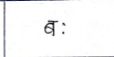
मजकूर: बः